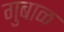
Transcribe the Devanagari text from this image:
गुबाळ